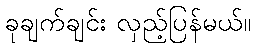
ခုချက်ချင်း လှည့်ပြန်မယ်။